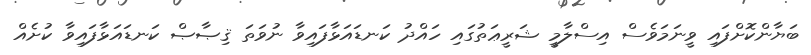
ބަޔާންކޮށްފައި ވީނަމަވެސް އިސްލާމީ ޝަރީޢަތުގައި ހައްދު ކަނޑައަޅާފައިވާ ނުވަތަ ޤިޞާޞް ކަނޑައަޅާފައިވާ ކުށެއް